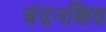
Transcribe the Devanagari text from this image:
चंदनशिव